Vaccination returns of the Province of Eastern Bengal and Assam - 1905-1912
Year: 1905
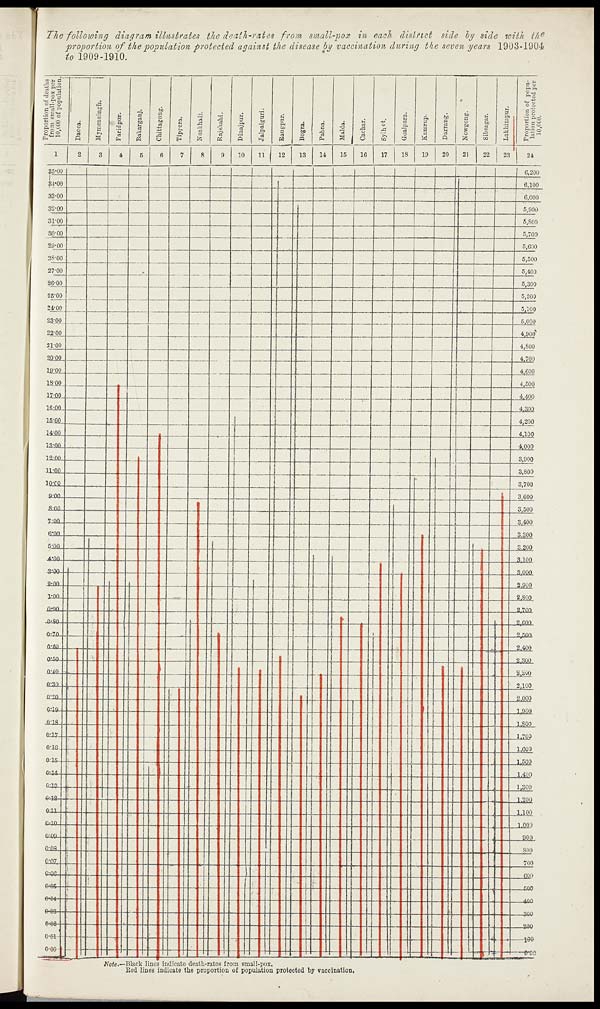
The following diagram illustrates the death-rates from small-pox in each district side by side with the
proportion of the population protected against the disease by vaccination during the seven years 1903-1904
to 1909-1910.
Note.—Black lines indicate death-rates from small-pox.
Red lines indicate the proportion of population protected by vaccination.